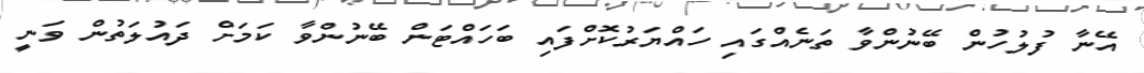
އޭނާ ފުލުހުން ބޭނުންވާ ތަނެއްގައި ހައްޔަރުކޮށްފައި ބަހައްޓަން ބޭނުންވާ ކަމަށް ދައުލަތުން ވަނީ